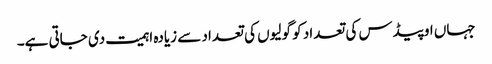
جہاں اوپیڈس کی تعداد کو گولیوں کی تعداد سے زیادہ اہمیت دی جاتی ہے۔